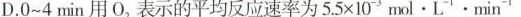
D.0~4min用O，表示的平均反应速率为5.5×103mol·L'·min-